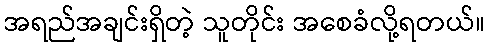
အရည်အချင်းရှိတဲ့ သူတိုင်း အစေခံလို့ရတယ်။